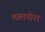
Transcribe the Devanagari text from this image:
तख़्तपोश